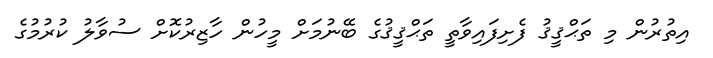
އިތުރުން މި ތަޙްޤީޤު ފެށިފައިވާތީ ތަޙްޤީޤުގެ ބޭނުމަށް މީހުން ހާޒިރުކޮށް ސުވާލު ކުރުމުގެ